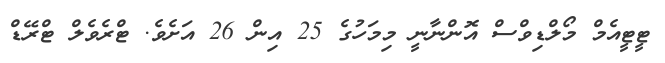
ޓީޓީއެމް މޯލްޑިވްސް އޮންނާނީ މިމަހުގެ 25 އިން 26 އަށެވެ. ޓްރެވެލް ޓްރޭޑް